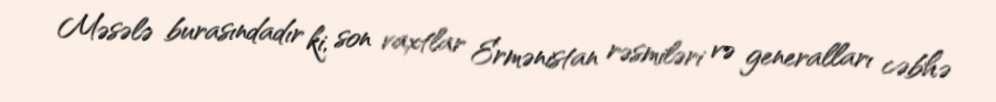
Məsələ burasındadır ki, son vaxtlar Ermənistan rəsmiləri və generalları cəbhə